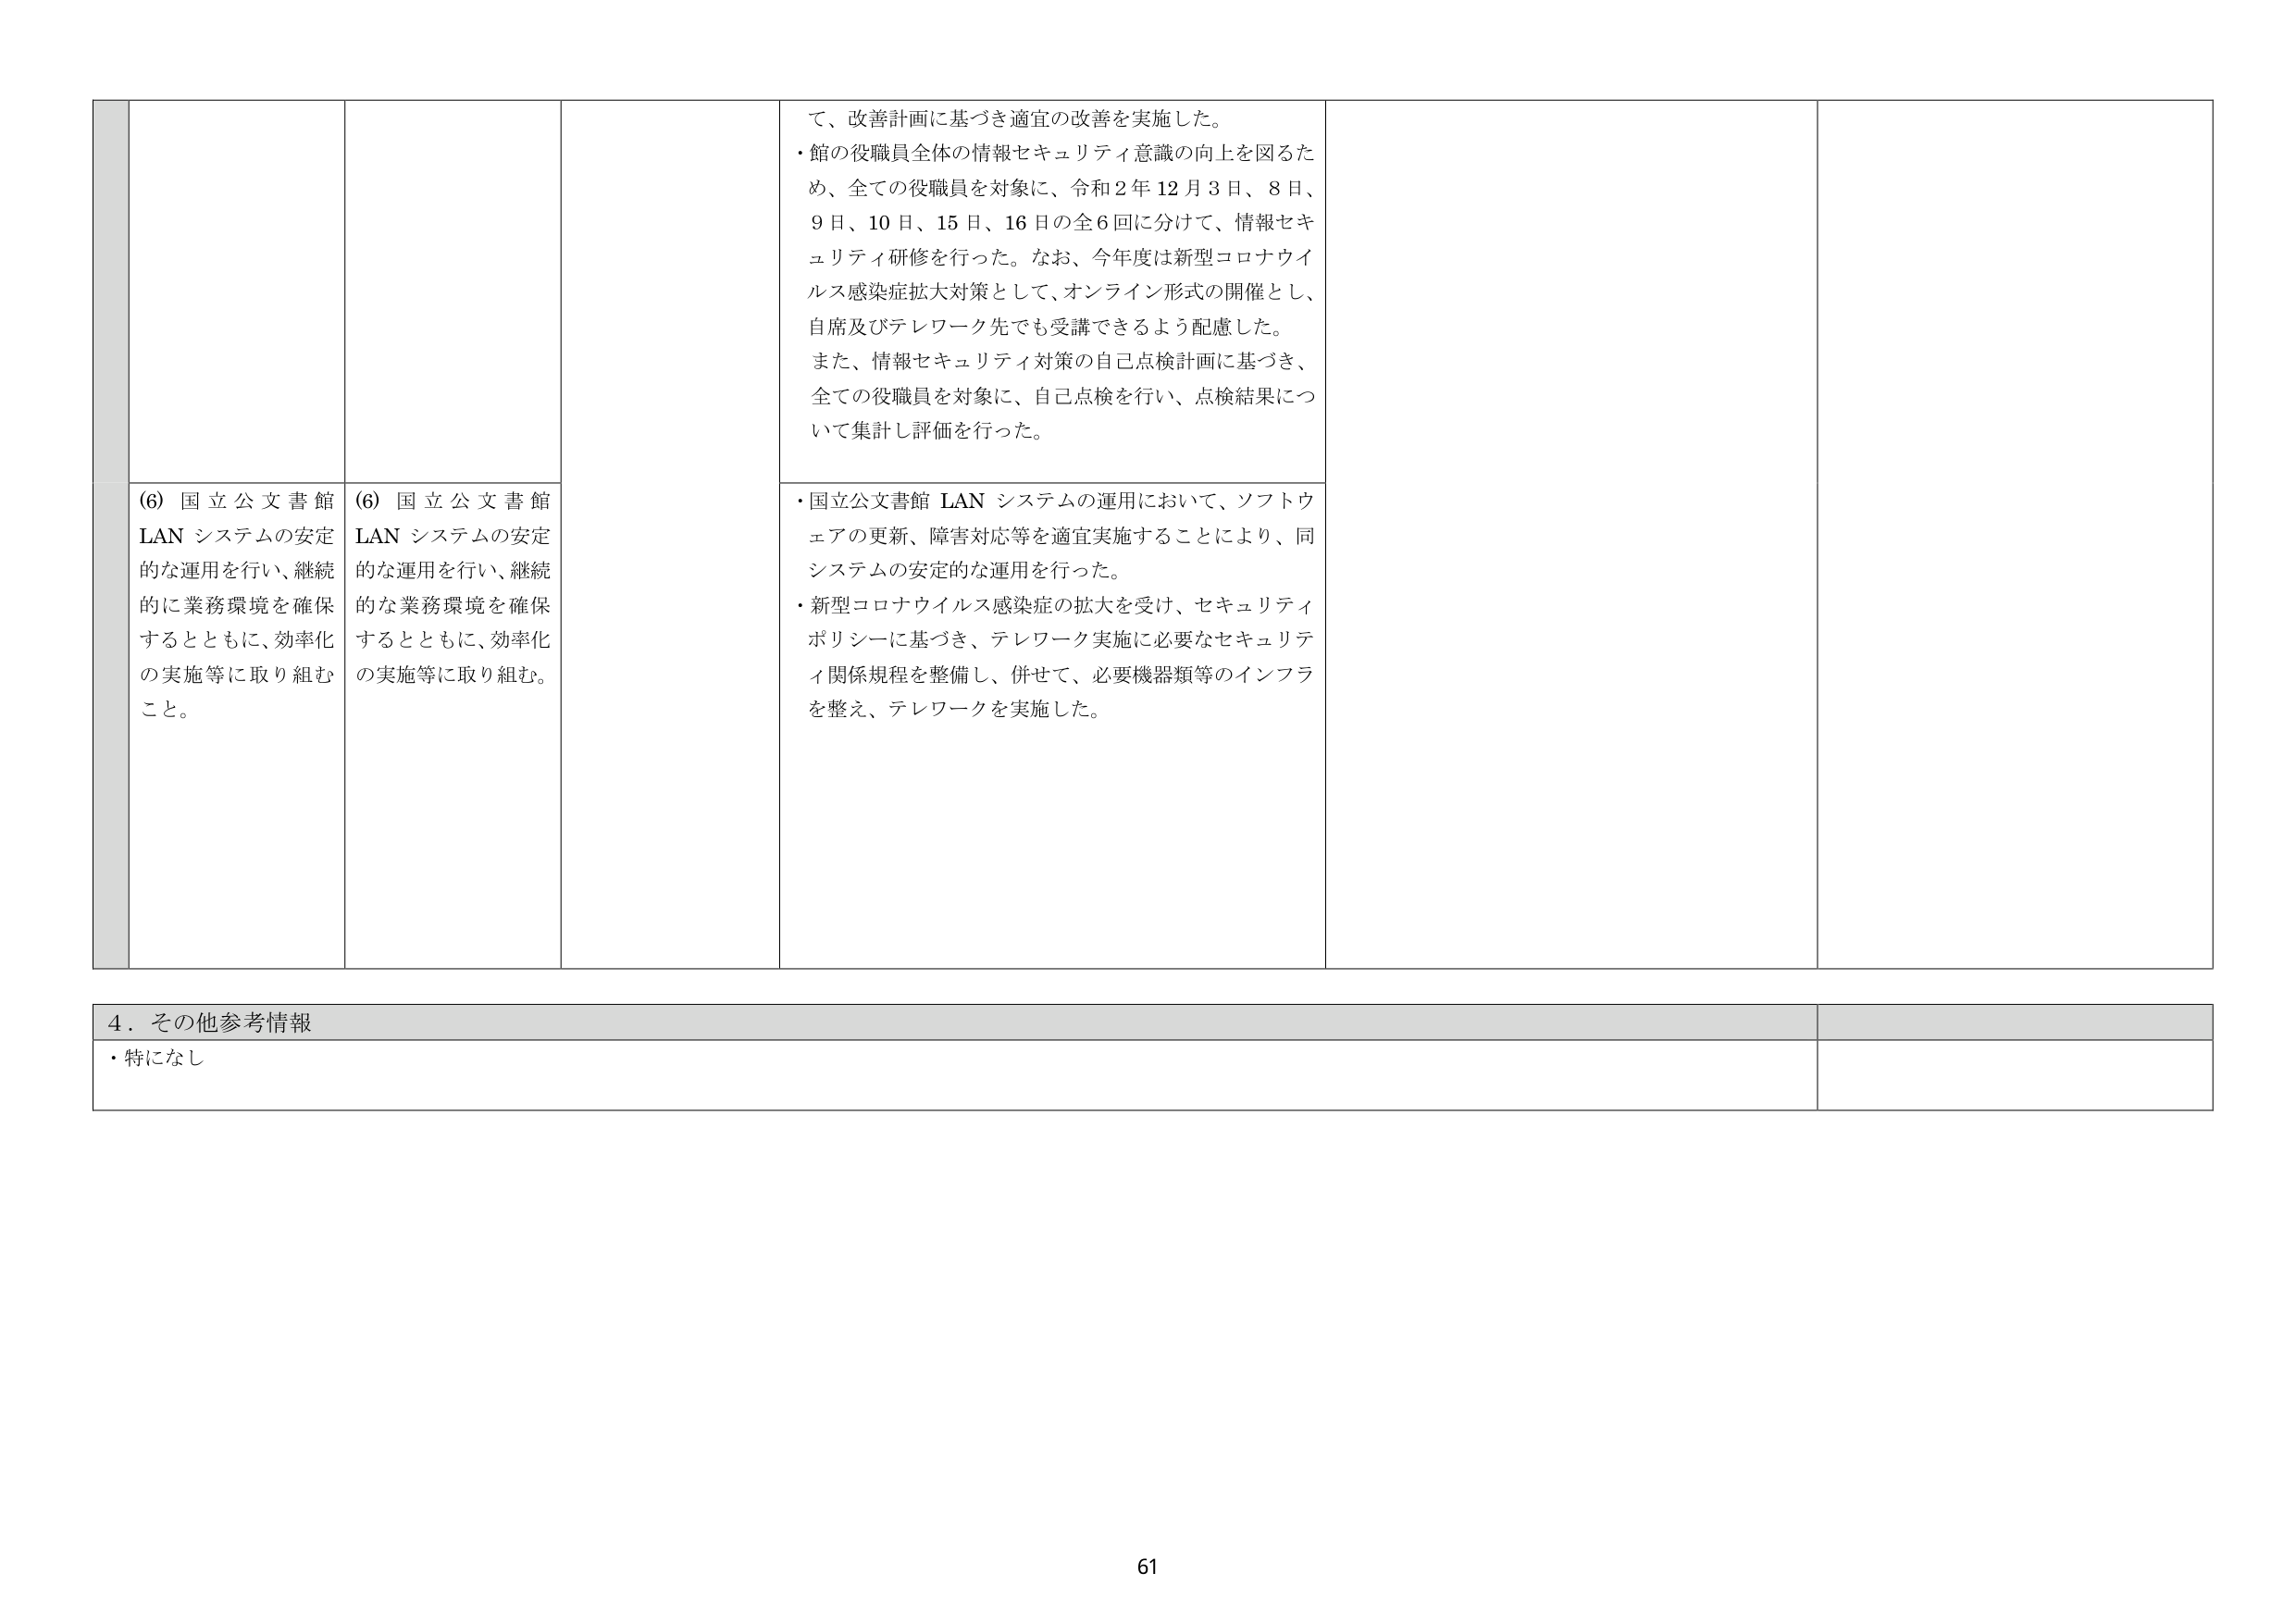
(6) 国立公文書館 LAN システムの安定的な運用を行い、継続的に業務環境を確保するとともに、効率化の実施等に取り組むこと。

(6) 国立公文書館 LAN システムの安定的な運用を行い、継続的に業務環境を確保するとともに、効率化の実施等に取り組む。

て、改善計画に基づき適宜の改善を実施した。
・館の役職員全体の情報セキュリティ意識の向上を図るため、全ての役職員を対象に、令和2年12月3日、8日、9日、10日、15日、16日の全6回に分けて、情報セキュリティ研修を行った。なお、今年度は新型コロナウイルス感染症拡大対策として、オンライン形式の開催とし、自席及びテレワーク先でも受講できるよう配慮した。
また、情報セキュリティ対策の自己点検計画に基づき、全ての役職員を対象に、自己点検を行い、点検結果について集計し評価を行った。

・国立公文書館 LAN システムの運用において、ソフトウェアの更新、障害対応等を適宜実施することにより、同システムの安定的な運用を行った。
・新型コロナウイルス感染症の拡大を受け、セキュリティポリシーに基づき、テレワーク実施に必要なセキュリティ関係規程を整備し、併せて、必要機器類等のインフラを整え、テレワークを実施した。

4．その他参考情報
・特になし

61